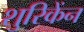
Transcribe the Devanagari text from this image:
शुरिकेंन